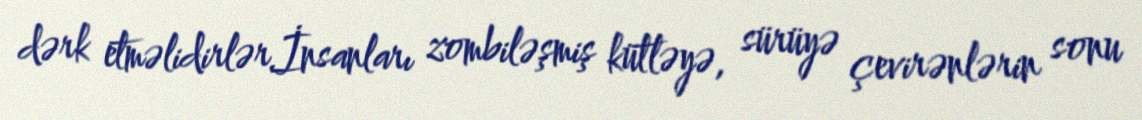
dərk etməlidirlər.İnsanları zombiləşmiş kütləyə, sürüyə çevirənlərin sonu